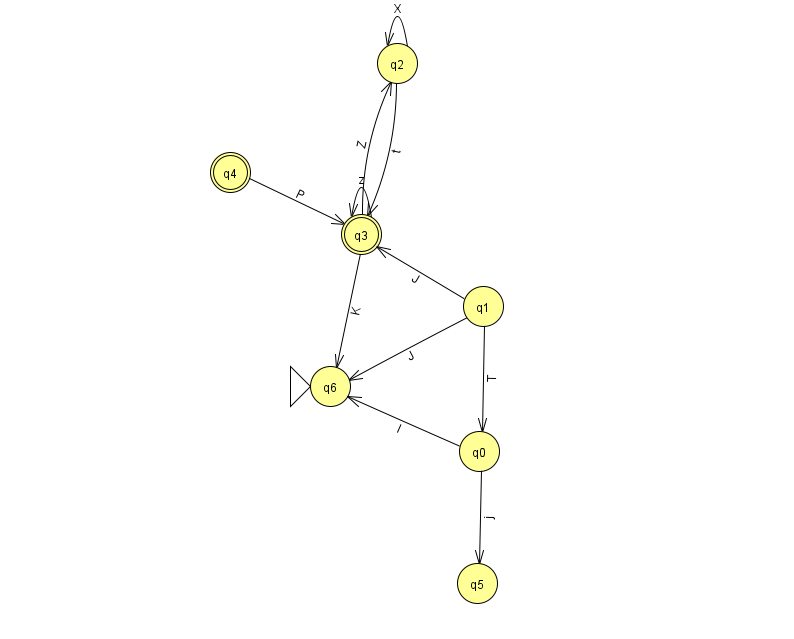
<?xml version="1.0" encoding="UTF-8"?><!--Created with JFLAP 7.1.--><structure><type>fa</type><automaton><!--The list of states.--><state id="0" name="q0"><x>479.0</x><y>438.0</y></state><state id="1" name="q1"><x>483.0</x><y>293.0</y></state><state id="2" name="q2"><x>397.0</x><y>50.0</y></state><state id="3" name="q3"><x>361.0</x><y>221.0</y><final/></state><state id="4" name="q4"><x>230.0</x><y>159.0</y><final/></state><state id="5" name="q5"><x>477.0</x><y>570.0</y></state><state id="6" name="q6"><x>330.0</x><y>373.0</y><initial/></state><!--The list of transitions.--><transition><from>1</from><to>0</to><read>T</read></transition><transition><from>3</from><to>6</to><read>K</read></transition><transition><from>0</from><to>6</to><read>I</read></transition><transition><from>0</from><to>5</to><read>j</read></transition><transition><from>1</from><to>6</to><read>J</read></transition><transition><from>3</from><to>2</to><read>Z</read></transition><transition><from>2</from><to>2</to><read>X</read></transition><transition><from>4</from><to>3</to><read>P</read></transition><transition><from>2</from><to>3</to><read>t</read></transition><transition><from>3</from><to>3</to><read>z</read></transition><transition><from>1</from><to>3</to><read>J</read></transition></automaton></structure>